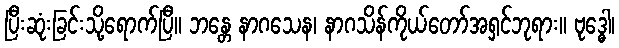
ပြီးဆုံးခြင်းသို့ရောက်ပြီ။ ဘန္တေ နာဂသေန၊ နာဂသိန်ကိုယ်တော်အရှင်ဘုရား။ ဗုဒ္ဓေါ၊